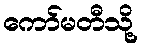
ကော်မတီသို့